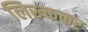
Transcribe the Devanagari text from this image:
लिख्ककर